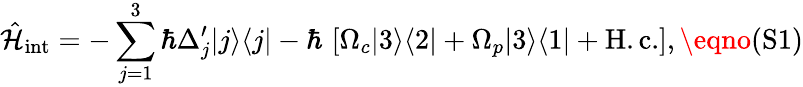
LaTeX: \hat{\cal H}_{\mathrm{int}}=-\sum_{j=1}^{3}\hbar\Delta_{j}^{\prime}|j\rangle\langle j|-\hbar\, \left[\Omega_{c}|3\rangle\langle 2|+\Omega_{p}|3\rangle\langle 1|+\mathrm{H.c.}\right],\eqno{(\textrm{S1})}